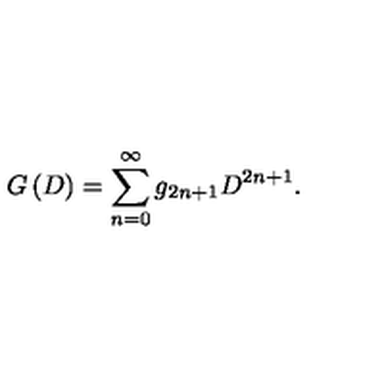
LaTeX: G \left( D \right) = \sum _ { n = 0 } ^ { \infty } g _ { 2 n + 1 } D ^ { 2 n + 1 } .